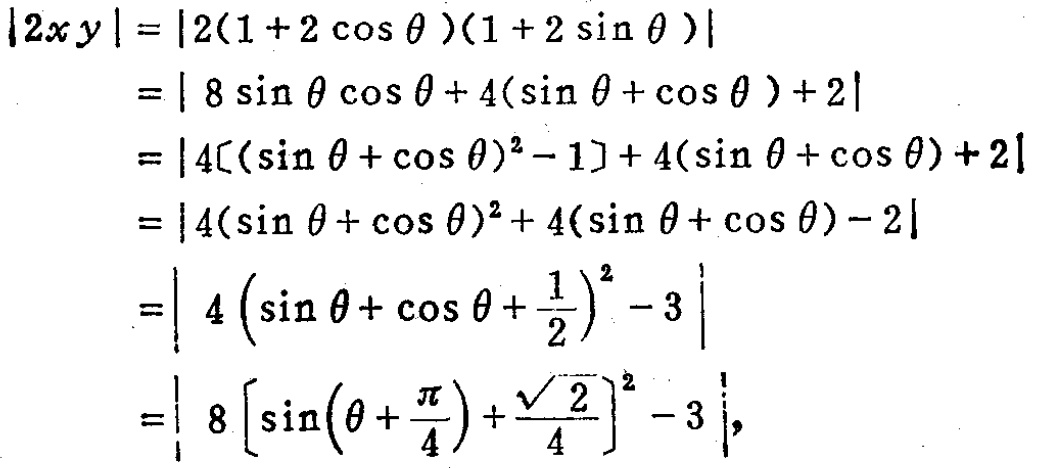
\[
\begin{align*}
|2xy|&=|2(1 + 2\cos\theta)(1 + 2\sin\theta)|\\
&=|8\sin\theta\cos\theta + 4(\sin\theta+\cos\theta)+2|\\
&=|4[(\sin\theta+\cos\theta)^2 - 1]+4(\sin\theta+\cos\theta)+2|\\
&=|4(\sin\theta+\cos\theta)^2+4(\sin\theta+\cos\theta)-2|\\
&=\left|4\left(\sin\theta+\cos\theta+\frac{1}{2}\right)^2 - 3\right|\\
&=\left|8\left[\sin\left(\theta+\frac{\pi}{4}\right)+\frac{\sqrt{2}}{4}\right]^2 - 3\right|,
\end{align*}
\]